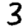
Digit: 3